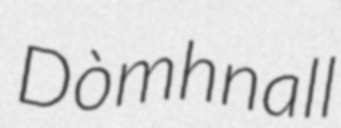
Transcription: Dòmhnall